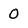
Character: 0